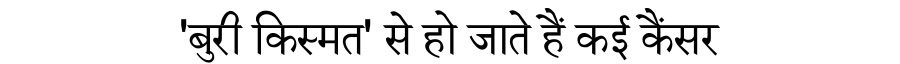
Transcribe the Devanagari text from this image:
'बुरी किस्मत' से हो जाते हैं कई कैंसर